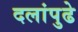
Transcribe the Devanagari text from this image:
दलांपुढे